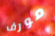
مورف